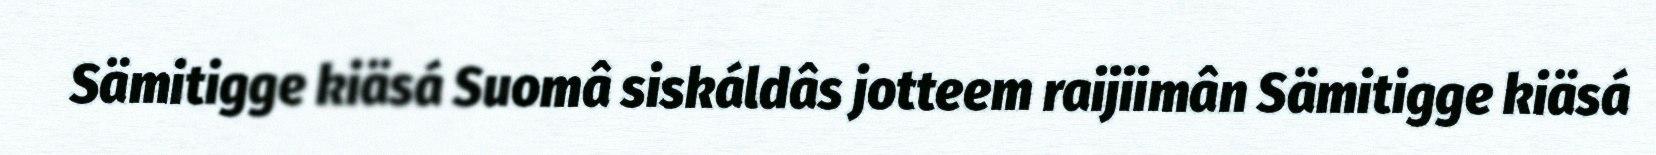
Sämitigge kiäsá Suomâ siskáldâs jotteem raijiimân Sämitigge kiäsá